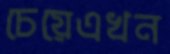
চেয়েএখন